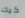
كيك